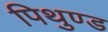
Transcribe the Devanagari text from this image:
पिथुण्ड